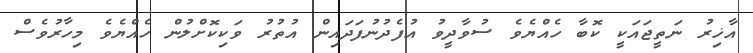
އާޚިރު ނަތީޖައަކީ ކޮބާ ހެއްޔެވެ ސުވާދީވު އުފެދުނުފަދައިން އުތުރު ވަކިކޮށްލުން ހެއްޔެވެ މިހާރުވެސް